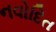
નવોદિત